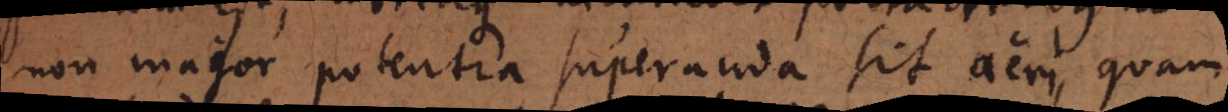
non major potentia superanda sit aeri, quam